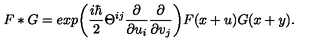
F * G = e x p \bigg ( { \frac { i \hbar } { 2 } } \Theta ^ { i j } { \frac { \partial } { \partial u _ { i } } } { \frac { \partial } { \partial v _ { j } } } \bigg ) F ( x + u ) G ( x + y ) .